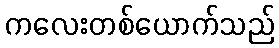
ကလေးတစ်ယောက်သည်